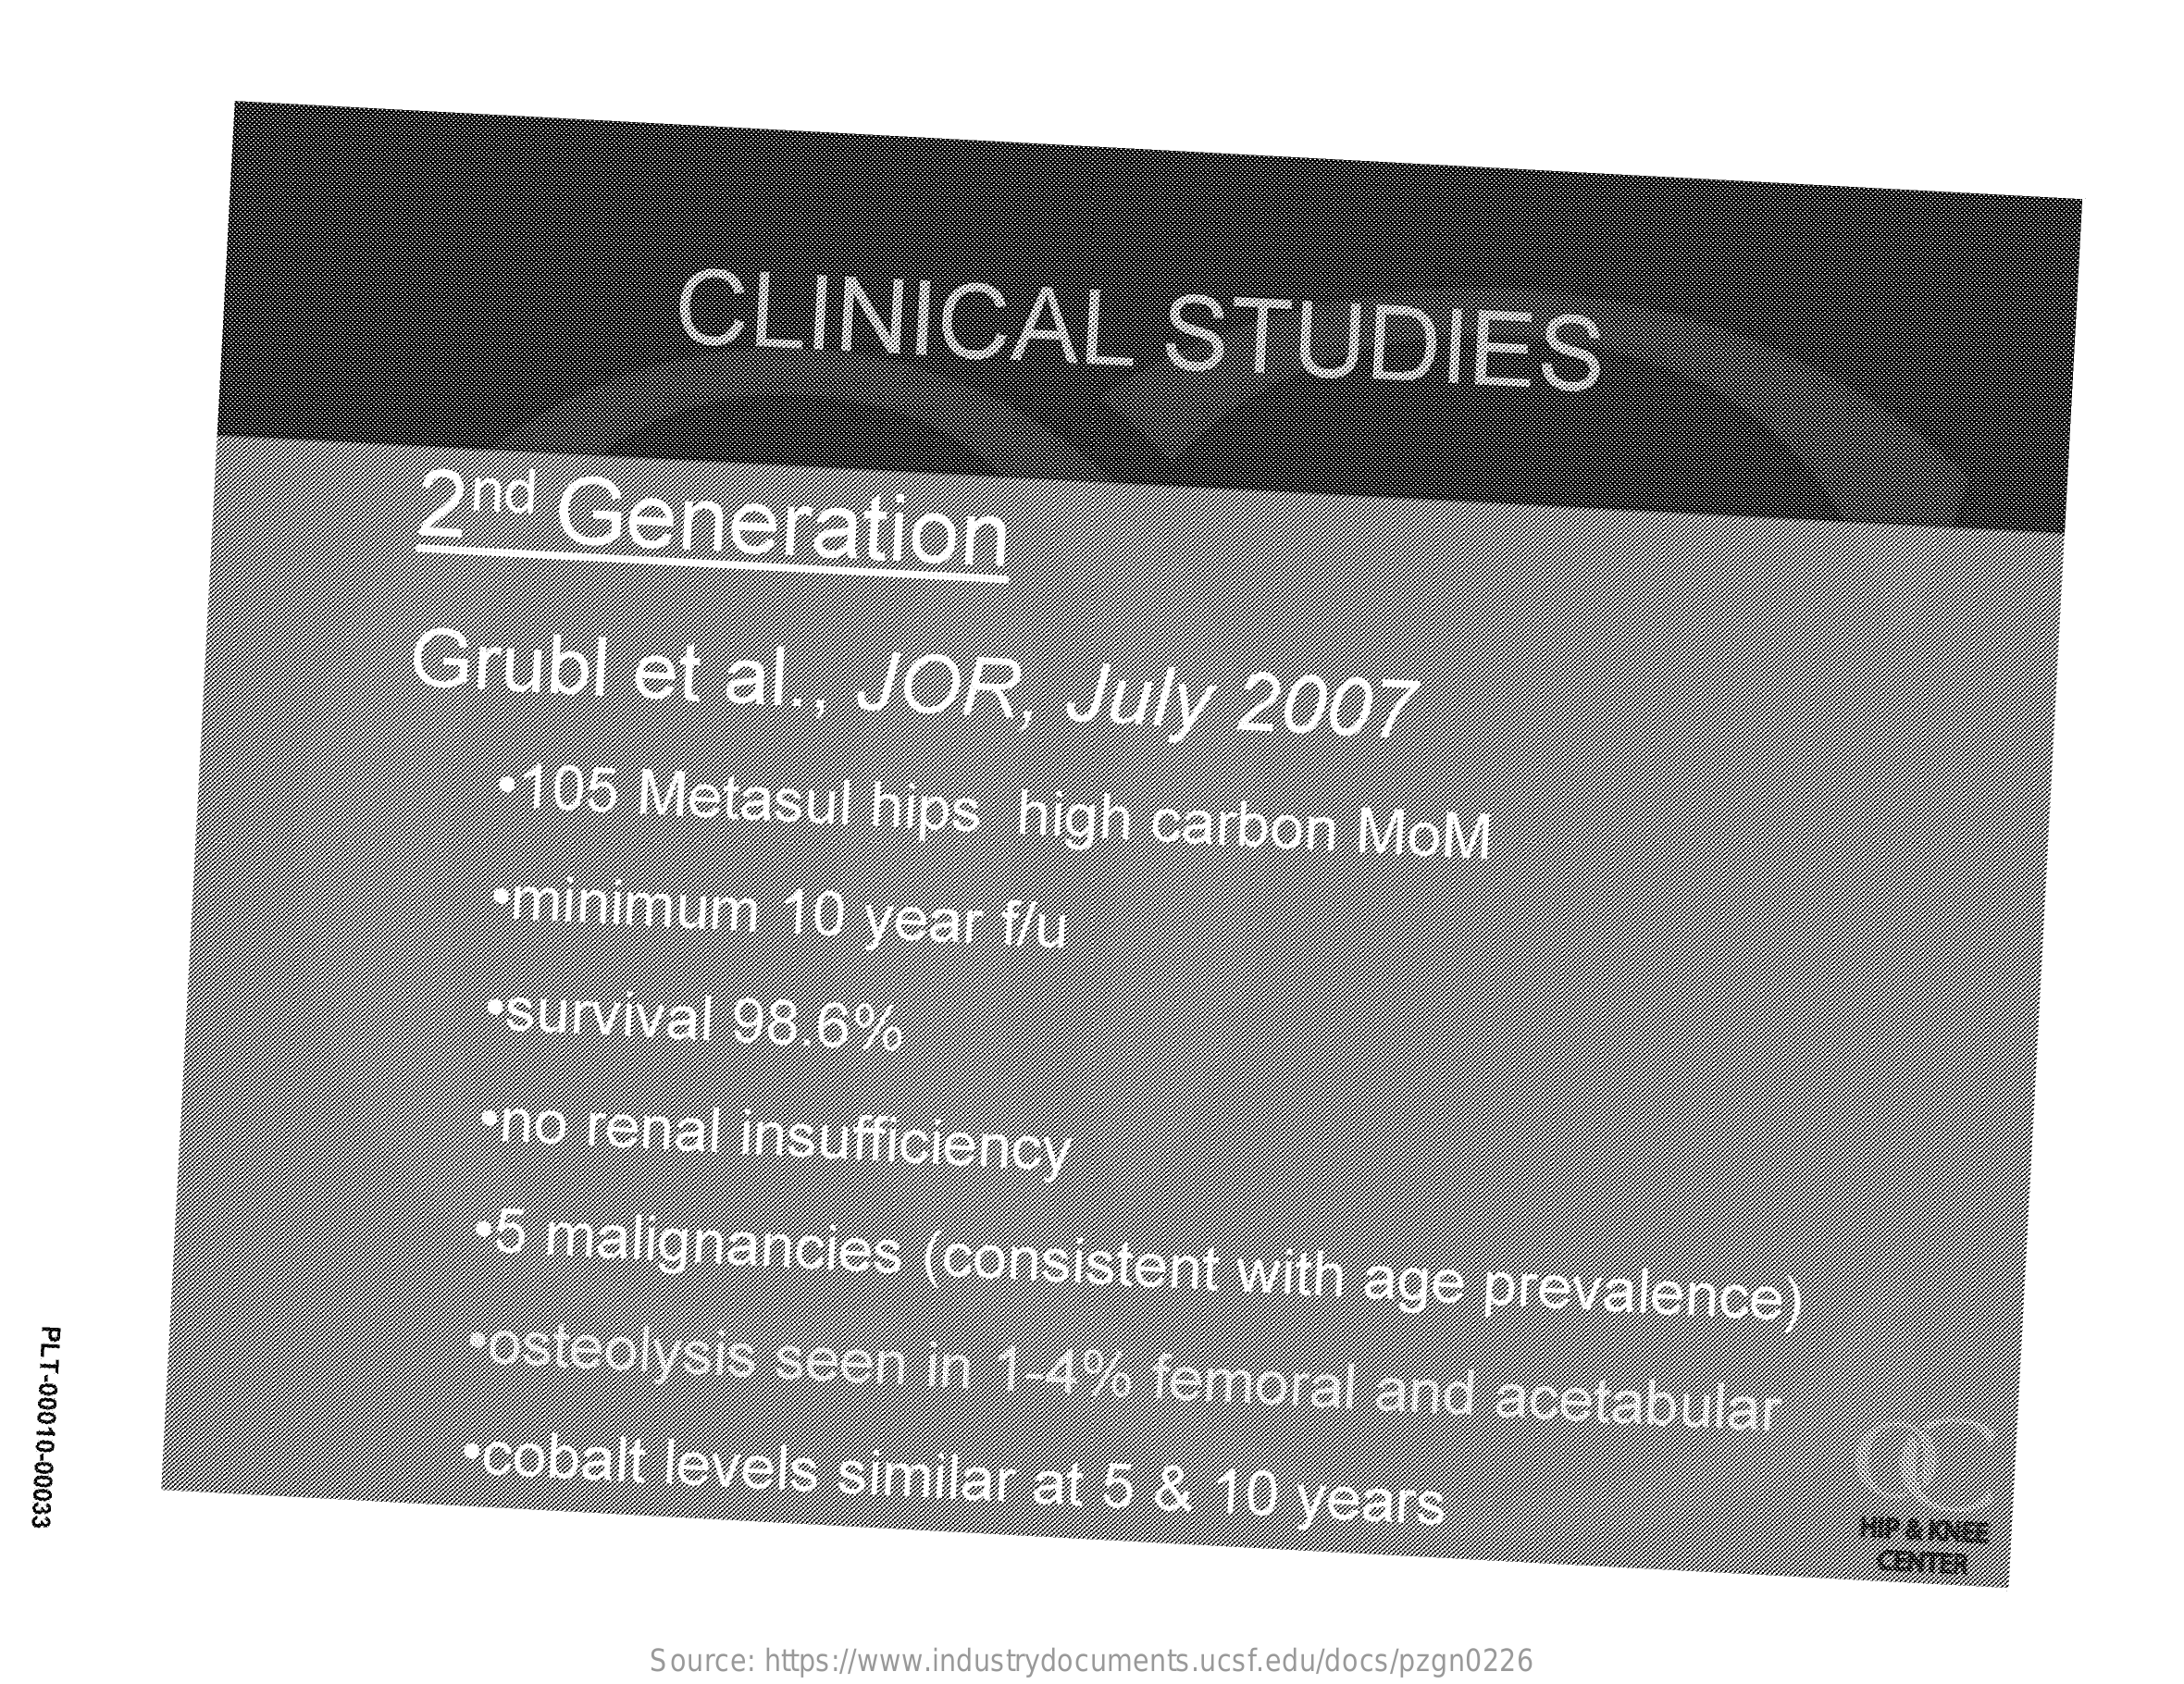
CLINICAL    STUDIES
     2nd    Generation
     Grubl    et    al   .,  JOR,    July    2007
     ·105    Metasul    hips    high    carbon    MoM
     ·minimum    10   year    f/u
     ·survival    98.6%
     ·no    renal    insufficiency
     ·5  malignancies    (consistent    with    age    prevalence)
     ·osteolysis    seen    in   1-4%    femoral    and    acetabular PLT-00010-00033
     ·cobalt    levels    similar    at  5   &   10   years
     HIP & KNEE
     CENTER
     Source: https://www.industrydocuments.ucsf.edu/docs/pzgn0226